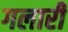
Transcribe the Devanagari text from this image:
गलारी